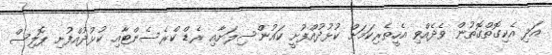
އަދި އެކިގޮތްގޮތުން ވެދެއްވި އެހީތެރިކަމަށް ކުޅުދުއްފުށީ ކައުންސިލަށާއި ރެޑް ކްރެސެންޓާއި ކުޅުދުއްފުށި ޕޮލިސް